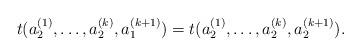
LaTeX: \begin{align*} t (a_{2}^{(1)}, \ldots, a_{2}^{(k)}, a_{1}^{(k+1)}) = t (a_{2}^{(1)}, \ldots, a_{2}^{(k)}, a_{2}^{(k+1)}). \end{align*}